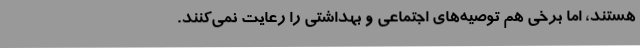
هستند، اما برخی هم توصیه‌های اجتماعی و بهداشتی را رعایت نمی‌کنند.